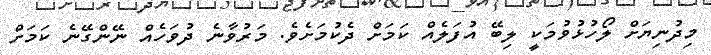
މިދުނިޔަށް ލޯހުޅުވުމަކީ ލިބޭ އުފަލެއް ކަމަށް ދެކުމަށެވެ. މަރުވާނެ ދުވަހެއް ނޭންގޭނެ ކަމަށް